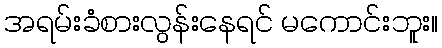
အရမ်းခံစားလွန်းနေရင် မကောင်းဘူး။